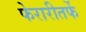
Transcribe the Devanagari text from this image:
फेरारीतर्फे